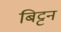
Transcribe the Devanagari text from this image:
बिट्टन